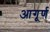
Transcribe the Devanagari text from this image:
आगूर्ण